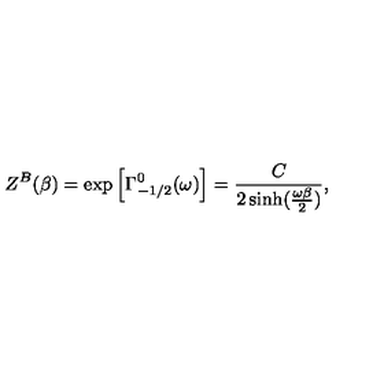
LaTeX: Z ^ { B } ( \beta ) = \exp \left[ \Gamma _ { - 1 / 2 } ^ { 0 } ( \omega ) \right] = { \frac { C } { 2 \sinh ( { \frac { \omega \beta } { 2 } } ) } } ,